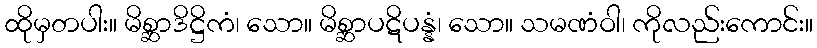
ထိုမှတပါး။ မိစ္ဆာဒိဋ္ဌိကံ၊ သော။ မိစ္ဆာပဋိပန္နံ၊ သော။ သမဏံဝါ၊ ကိုလည်းကောင်း။